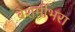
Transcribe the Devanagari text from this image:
बेशर्मीभरा